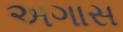
અગાસ